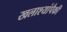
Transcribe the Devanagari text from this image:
खलाश्यांपैकी